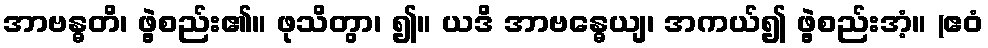
အာဗန္ဓတိ၊ ဖွဲ့စည်း၏။ ဖုသိတွာ၊ ၍။ ယဒိ အာဗန္ဓေယျ၊ အကယ်၍ ဖွဲ့စည်းအံ့။ (ဧဝံ